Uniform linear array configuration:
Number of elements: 32
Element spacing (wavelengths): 0.75
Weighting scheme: hann
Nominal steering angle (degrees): -45
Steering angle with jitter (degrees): -46.094
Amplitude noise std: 0.05
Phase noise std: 0.05

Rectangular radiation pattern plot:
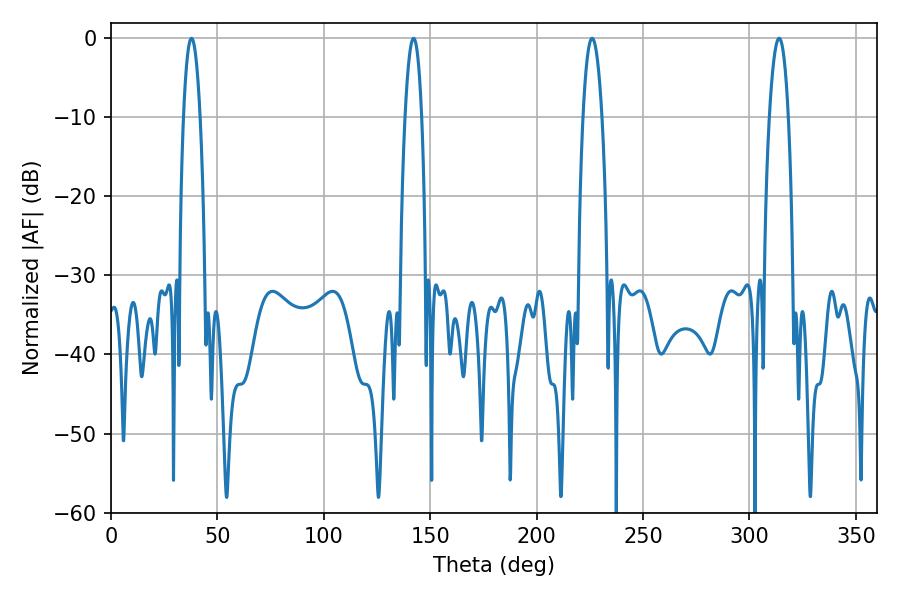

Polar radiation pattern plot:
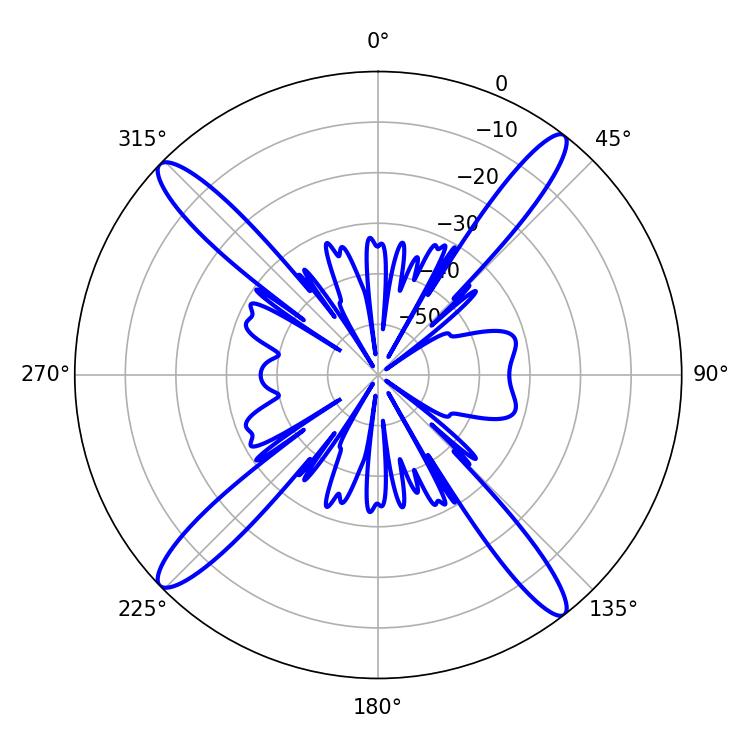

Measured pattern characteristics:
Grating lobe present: TRUE
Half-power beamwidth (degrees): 4.86
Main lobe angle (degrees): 313.92